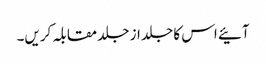
آئیے اس کا جلد از جلد مقابلہ کریں۔